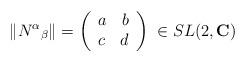
LaTeX: \begin{align*}\Vert N^\alpha {}_\beta \Vert =\left(\begin{array}{lr}a & b \\c & d\end{array}\right) \;\in SL(2,{\bf C})\end{align*}